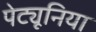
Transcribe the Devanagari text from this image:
पेट्यूनिया